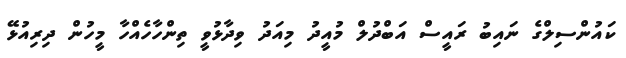
ކައުންސިލްގެ ނައިބު ރައީސް އަބްދުލް މުއީދު މިއަދު ވިދާޅުވީ ތިންހާހެއްހާ މީހުން ދިރިއުޅޭ